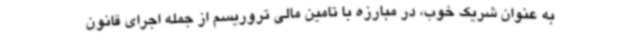
به عنوان شریک خوب، در مبارزه با تامین مالی تروریسم از جمله اجرای قانون